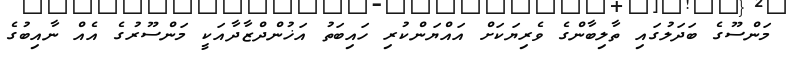
މަންސޫގެ ބަދަލުގައި ތާލިބާންގެ ވެރިޔަކަށް އައްޔަންކުރި ހައިބަތު އަޚުންދްޒާދާއަކީ މަންސޫރުގެ އެއް ނާއިބުގެ